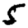
Digit: 5